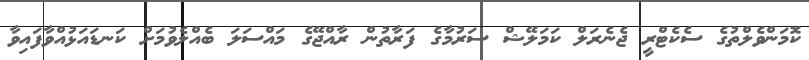
ކޮމަންވެލްތުގެ ސެކެޓްރީ ޖެނެރަލް ކަމަލޭޝް ސަރުމާގެ ފަރާތުން ރާއްޖޭގެ މައްސަލަ ބެއްލެވުމަށް ކަނޑައަޅުއްވާފައިވާ